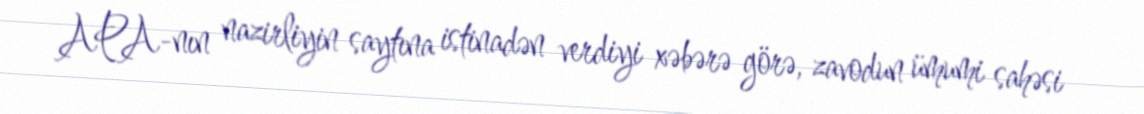
APA-nın nazirliyin saytına istinadən verdiyi xəbərə görə, zavodun ümumi sahəsi